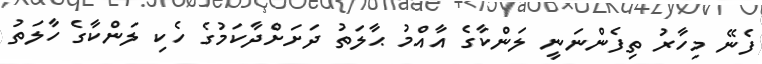
ފެނޭ މިހާރު ތިފެންނަނީ ލަންކާގެ އާއްމު ޙާލަތު ދަށަށްދާކަމުގެ ހެކި ލަންކާގެ ހާލަތު